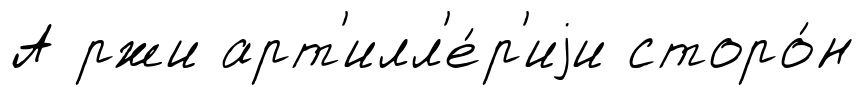
А ржи арт'илл'е́р'иjи сторо́н